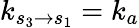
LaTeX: k_{s_{3}\to s_{1}}=k_{a}